Problem: 4 × 5 = ?
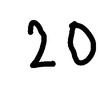
Handwritten answer: 20